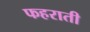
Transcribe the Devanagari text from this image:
फहराती